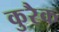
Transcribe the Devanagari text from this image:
कुरैक